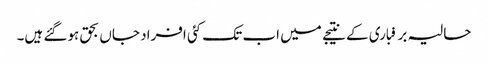
حالیہ برفباری کے نتیجے میں اب تک کئی افراد جاں بحق ہوگئے ہیں۔